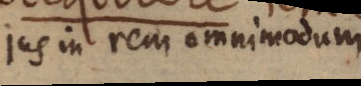
jus in rem omnimodum